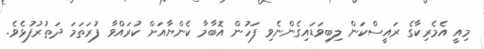
މިއީ އެމެރިކާގެ ރައީސްކަން ލިބިވަޑައިގެންނެވި ފަހުން އޮބާމާ ކެންޔާއަށް ކުރައްވާ ފުރަތަމަ ދަތުރުފުޅެވެ.